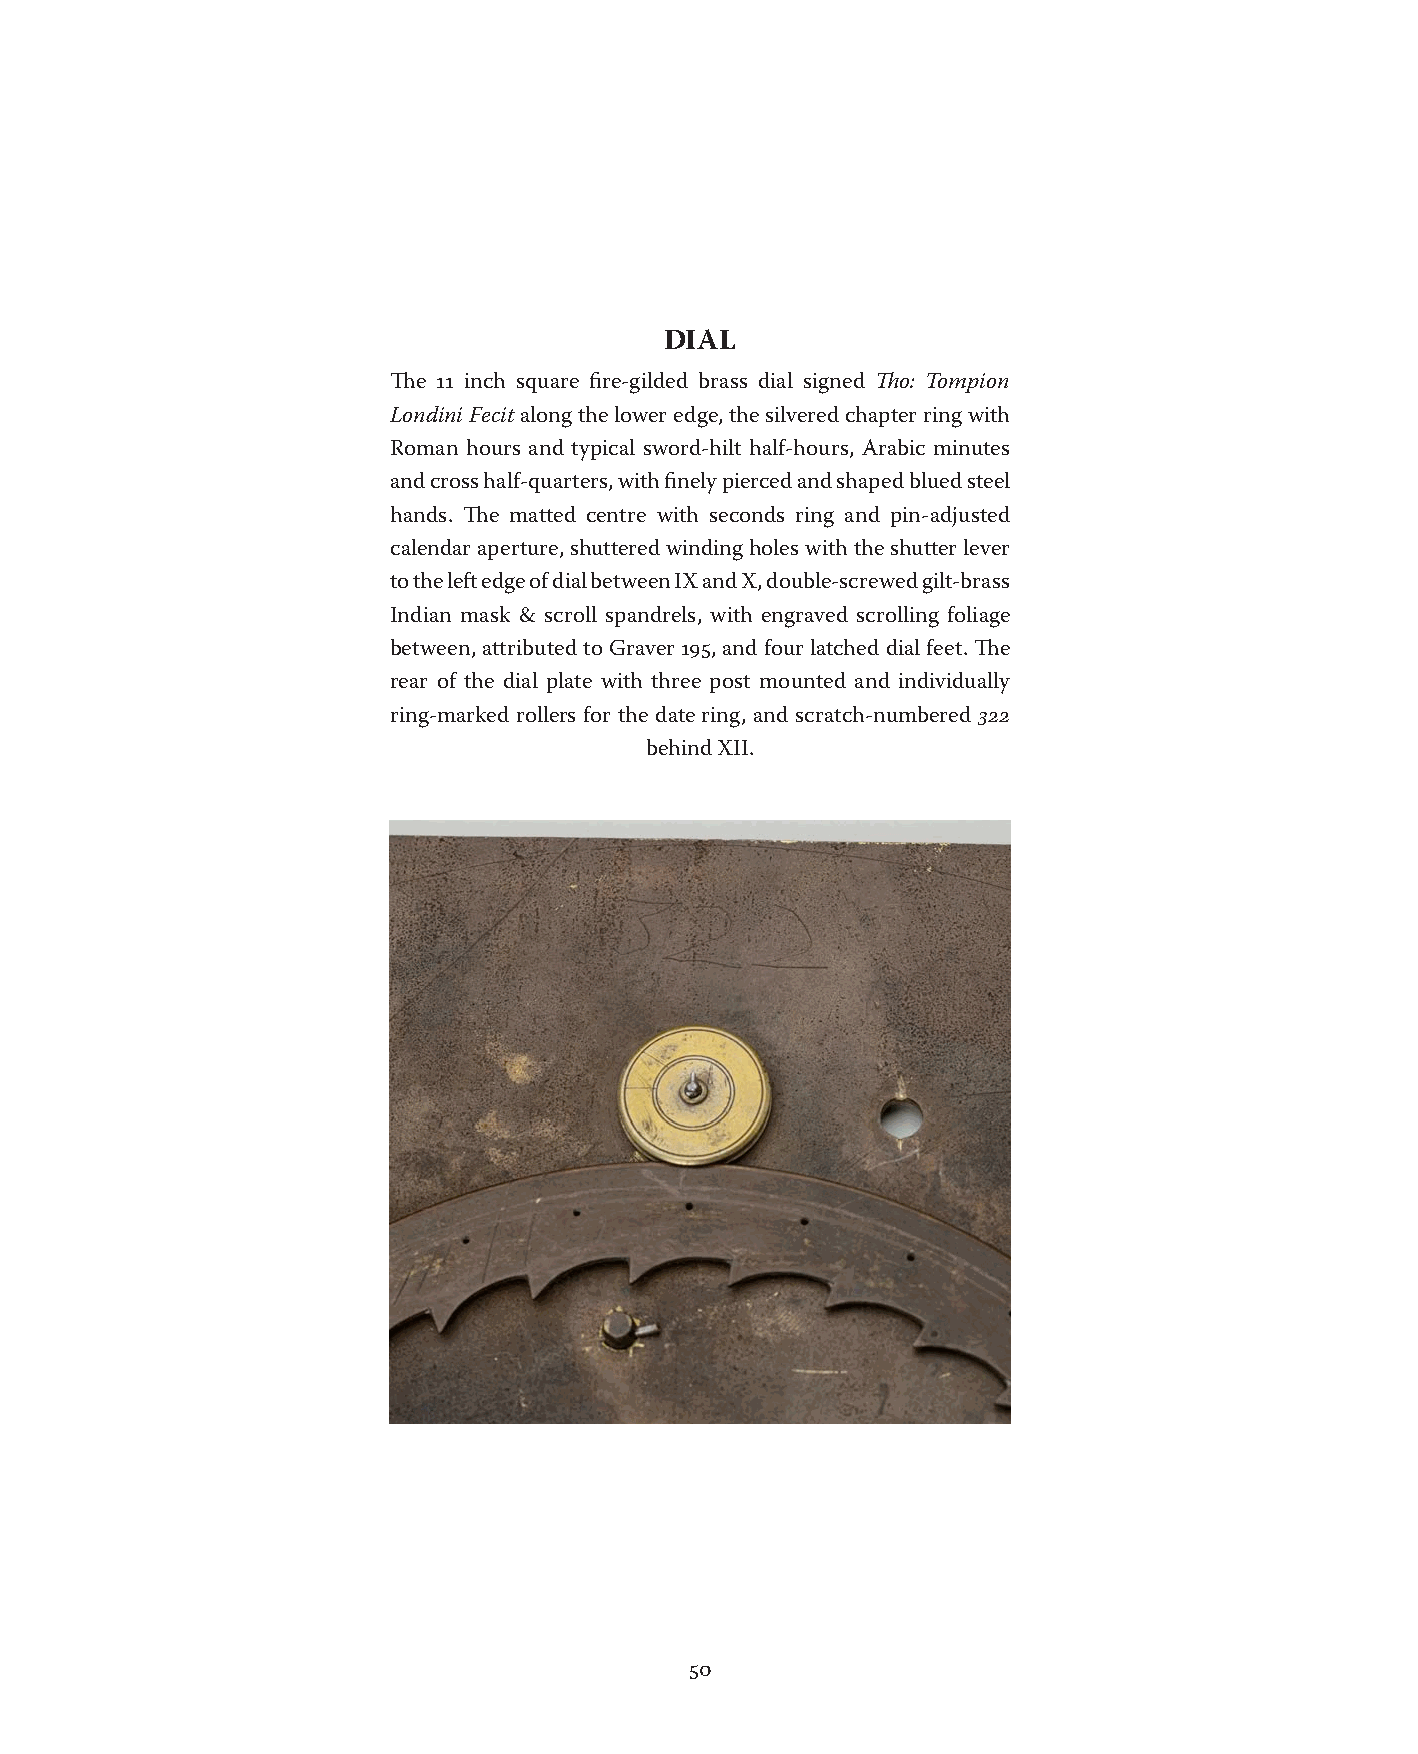
DIAL
 The 11 inch square fire-gilded brass dial signed Tho: Tompion
 Londini Fecit along the lower edge, the silvered chapter ring with
 Roman hours and typical sword-hilt half-hours, Arabic minutes
 and cross half-quarters, with finely pierced and shaped blued steel
 hands. The matted centre with seconds ring and pin-adjusted
 calendar aperture, shuttered winding holes with the shutter lever
 to the left edge of dial between IX and X, double-screwed gilt-brass
 Indian mask & scroll spandrels, with engraved scrolling foliage
 between, attributed to Graver 195, and four latched dial feet. The
 rear of the dial plate with three post mounted and individually
 ring-marked rollers for the date ring, and scratch-numbered 322
 behind XII.
 50